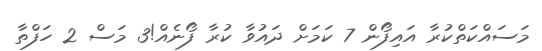
މަސައްކަތްކުރާ އައިފޯން 7 ކަމަށް ދައުވާ ކުރާ ފޯނެއް!3 މަސް 2 ހަފްތާ